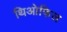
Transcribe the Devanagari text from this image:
थिओफिल